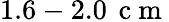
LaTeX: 1.6-2.0\, \mathrm{~c~m~}